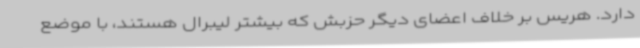
دارد. هریس بر خلاف اعضای دیگر حزبش که بیشتر لیبرال هستند، با موضع